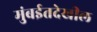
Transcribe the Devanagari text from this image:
मुंबईतदेखील